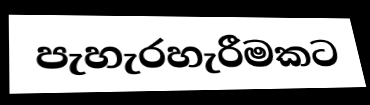
පැහැරහැරීමකට